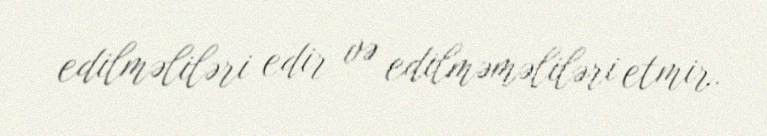
edilməliləri edir və edilməməliləri etmir.